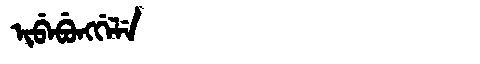
Manchu: ᡳᠪᡝᠪᡠᠩᡤᡝᠯᡝ
Romanization: IBEBUNGGELE